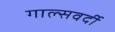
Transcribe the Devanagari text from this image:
गाल्‍सवर्दी